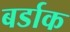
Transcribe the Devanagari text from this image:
बर्डाक